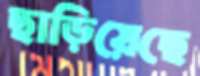
ছাড়িয়েছে